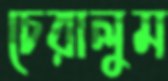
চেরালুম